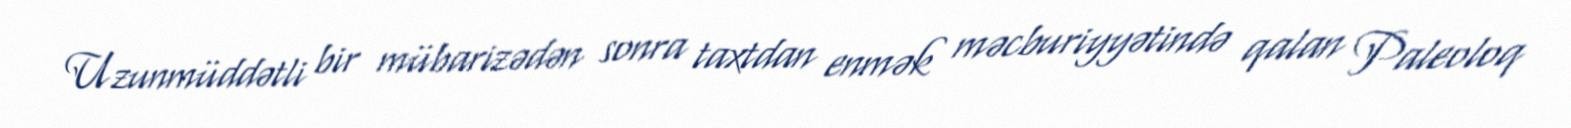
Uzunmüddətli bir mübarizədən sonra taxtdan enmək məcburiyyətində qalan Paleoloq